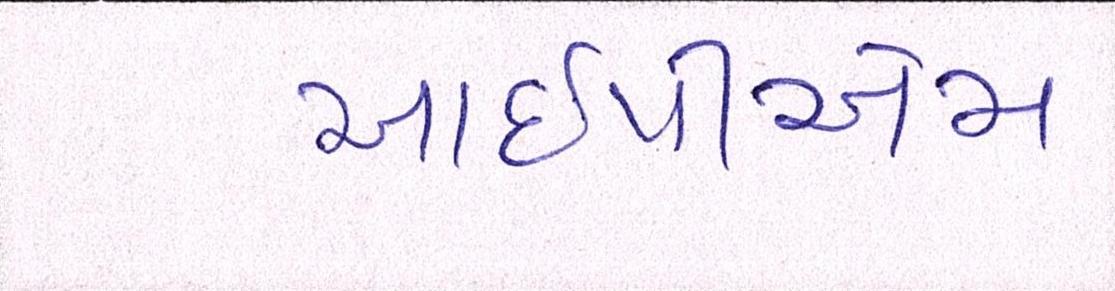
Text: આઇપીએમ